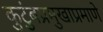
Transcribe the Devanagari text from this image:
कुटुंबप्रमुखाप्रमाणे